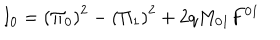
I _ { 0 } = \left( \Pi _ { 0 } \right) ^ { 2 } - \left( \Pi _ { 1 } \right) ^ { 2 } + 2 q M _ { 0 1 } F ^ { 0 1 }